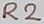
Text: R2